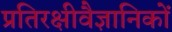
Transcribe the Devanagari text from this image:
प्रतिरक्षीवैज्ञानिकों